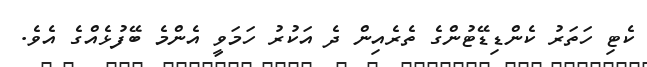
ކެޓި ހަތަރު ކެންޑިޑޭޓުންގެ ތެރެއިން ދެ އަކުރު ހަމަވީ އެންމެ ބޭފުޅެއްގެ އެވެ.